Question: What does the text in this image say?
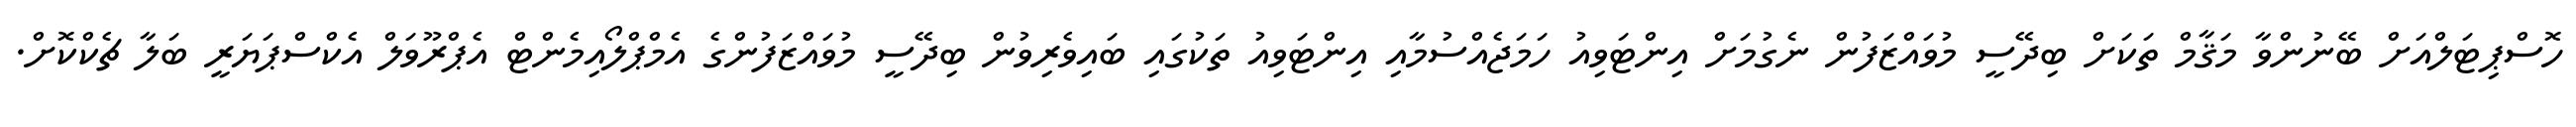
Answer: ހޮސްޕިޓަލްއަށް ބޭނުންވާ މަޤާމް ތަކަށް ބިދޭސީ މުވައްޒަފުން ނެގުމަށް އިންޓަވިއު ހަމަޖެއްސުމާއި އިންޓަވިއު ތަކުގައި ބައިވެރިވުން ބިދޭސީ މުވައްޒަފުންގެ އެމްޕްލޯއިމެންޓް އެޕްރޫވަލް އެކްސްޕަޔަރީ ބަލާ ޗެކްކޮށް.